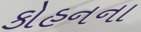
કોહનના